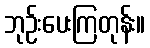
ဘုဉ်းပေးကြတုန်း။